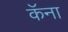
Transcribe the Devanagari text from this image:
कॅना